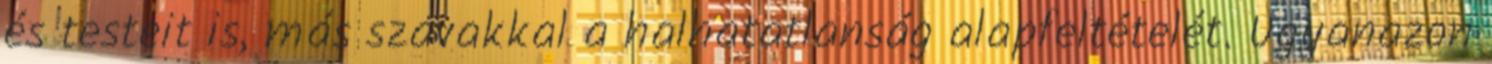
és testeit is, más szavakkal a halhatatlanság alapfeltételét. Ugyanazon